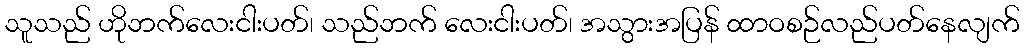
သူသည် ဟိုဘက်လေးငါးပတ်၊ သည်ဘက် လေးငါးပတ်၊ အသွားအပြန် ထာဝစဉ်လည်ပတ်နေလျက်